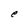
Character: e